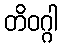
တိဝဂ္ဂါ